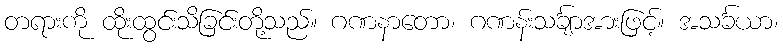
တရားကို ထိုးထွင်းသိခြင်းတို့သည်။ ဂဏနာတော၊ ဂဏန်းသင်္ချာအားဖြင့်။ အသင်္ခယာ၊